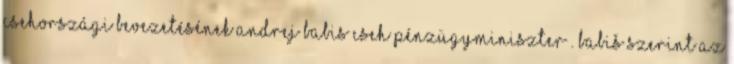
csehországi bevezetésének Andrej Babis cseh pénzügyminiszter”. Babiš szerint az